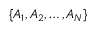
\lbrace A _ { 1 } , A _ { 2 } , \ldots , A _ { N } \rbrace